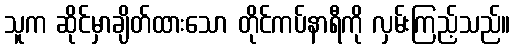
သူက ဆိုင်မှာချိတ်ထားသော တိုင်ကပ်နာရီကို လှမ်းကြည့်သည်။